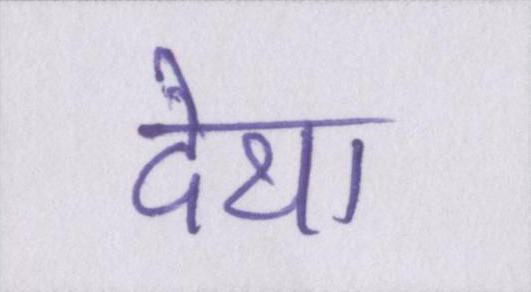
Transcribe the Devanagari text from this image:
देथा